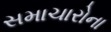
સમાચારોના